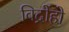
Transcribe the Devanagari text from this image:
विद्रोंहो